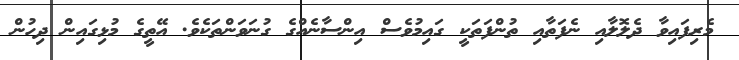
މެރިފައިވާ ދެލޮލާއި ނެފަތާއި ތުންފަތަކީ ގައިމުވެސް އިންސާނެއްގެ ގުނަވަންތަކެވެ. އޭތީގެ މުޅިގައިން ދިހުން